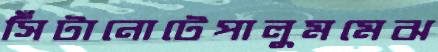
সিঁটানোটেপালুমমেঝ